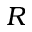
R